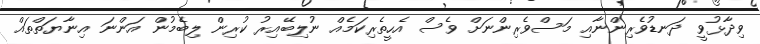
ވިދާޅުވީ ދަނޑުވެރިންނާއި މަސްވެރިންނަށް ވެސް އެހީތެރިކަމެއް ނުލިބޭއިރު ކުރިން ލިބެމުން އަންނަ އިނާޔަތްތައް